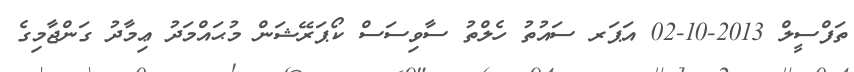
ތަފްސީލް 2013-10-02 އަޕަރ ސައުތު ހެލްތު ސާވިސަސް ކޯޕަރޭޝަން މުޙައްމަދު ޢިމާދު ގަންޖާމިގެ